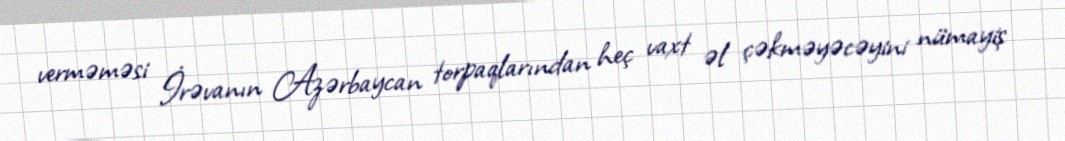
verməməsi İrəvanın Azərbaycan torpaqlarından heç vaxt əl çəkməyəcəyini nümayiş